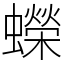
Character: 蠑